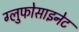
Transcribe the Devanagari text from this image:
ग्लुफोसाइनेट